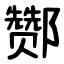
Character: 酂